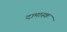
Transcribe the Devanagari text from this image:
दामास्क